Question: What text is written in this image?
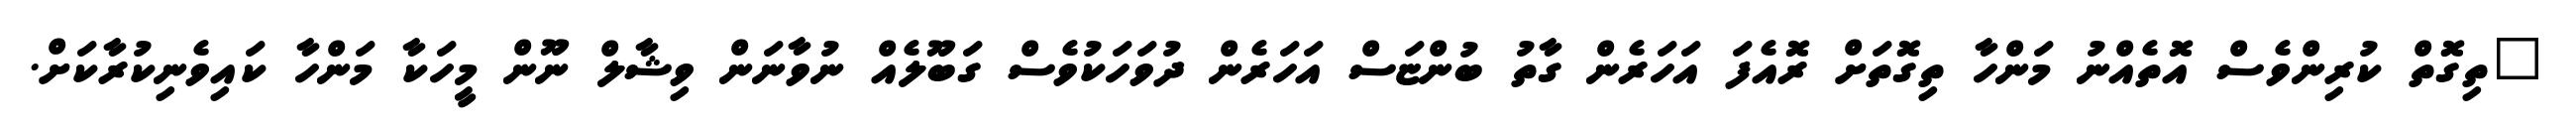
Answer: "ތިގޮތް ކުރިންވެސް އޮތެއްނު މަންހާ ތިގޮތަށް ރޮއެފަ އަހަރެން ގާތު ބުންޏަސް އަހަރެން ދުވަހަކުވެސް ގަބޫލެއް ނުވާނަން ވިޝާލް ނޫން މީހަކާ މަންހާ ކައިވެނިކުރާކަށް.